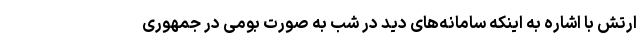
ارتش با اشاره به اینکه سامانه‌های دید در شب به صورت بومی در جمهوری